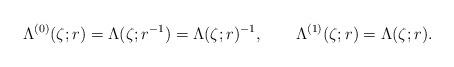
LaTeX: \begin{align*}\Lambda^{(0)}(\zeta;r) = \Lambda(\zeta;r^{-1}) = \Lambda(\zeta;r)^{-1}, \qquad \Lambda^{(1)}(\zeta;r) = \Lambda(\zeta;r).\end{align*}